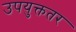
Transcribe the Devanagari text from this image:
उपयुक्ततर